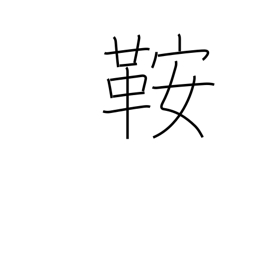
Meaning: saddle